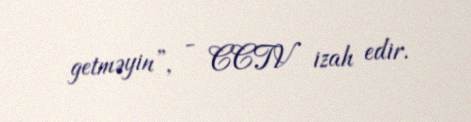
getməyin”, - CCTV izah edir.